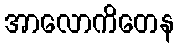
အာလောကိတေန